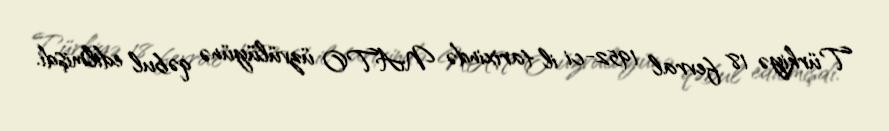
Türkiyə 18 fevral 1952-ci il tarixində NATO üzvülüyünə qəbul edilmişdi.